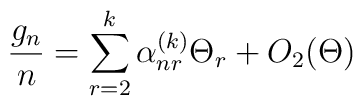
\frac{g_n}{n} = \sum^k_{r=2} \alpha_{nr}^{(k)} \Theta_r + O_2(\Theta)